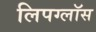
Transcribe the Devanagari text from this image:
लिपग्लॉस